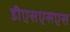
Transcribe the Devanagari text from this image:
डीएसएसएस